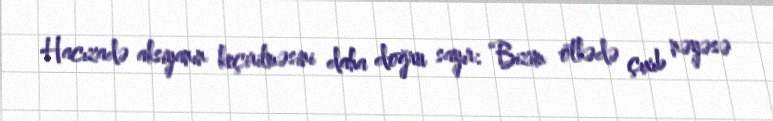
Hacızadə aksiyanın keçirilməsini daha doğru sayır: “Bizim ölkədə çıxıb nəyəsə